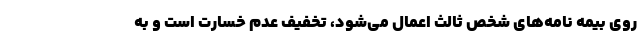
روی بیمه نامه‌های شخص ثالث اعمال می‌شود، تخفیف عدم خسارت است و به